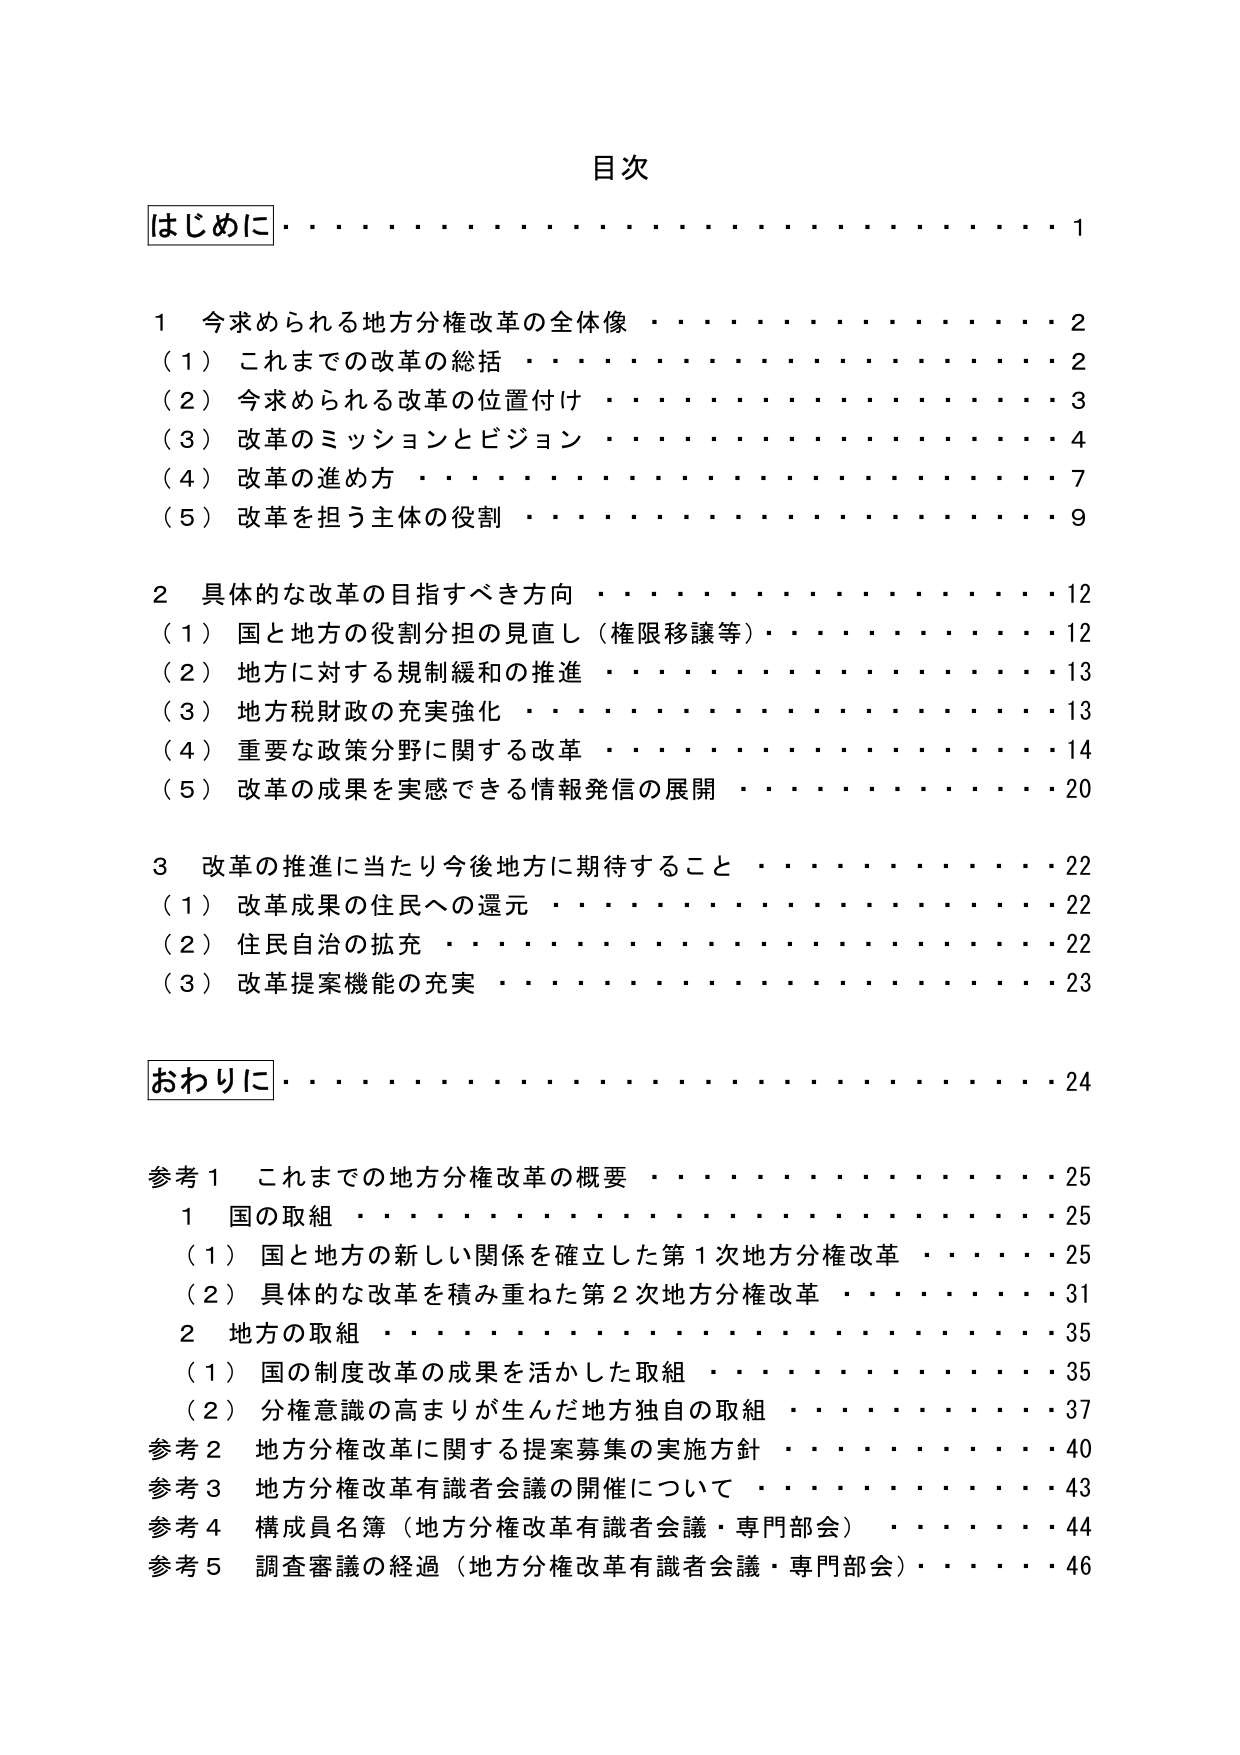
目次

はじめに・・・・・・・・・・・・・・・・・・・・・・・・・・・・・・・・1

1 今求められる地方分権改革の全体像・・・・・・・・・・・・・・・・2
（1）これまでの改革の総括・・・・・・・・・・・・・・・・・・・・2
（2）今求められる改革の位置付け・・・・・・・・・・・・・・・・3
（3）改革のミッションとビジョン・・・・・・・・・・・・・・・・4
（4）改革の進め方・・・・・・・・・・・・・・・・・・・・・・・・7
（5）改革を担う主体の役割・・・・・・・・・・・・・・・・・・・・9

2 具体的な改革の目指すべき方向・・・・・・・・・・・・・・・・12
（1）国と地方の役割分担の見直し（権限移譲等）・・・・・・・・12
（2）地方に対する規制緩和の推進・・・・・・・・・・・・・・・・13
（3）地方税財政の充実強化・・・・・・・・・・・・・・・・・・・13
（4）重要な政策分野に関する改革・・・・・・・・・・・・・・・・14
（5）改革の成果を実感できる情報発信の展開・・・・・・・・・・20

3 改革の推進に当たり今後地方に期待すること・・・・・・・・・・22
（1）改革成果の住民への還元・・・・・・・・・・・・・・・・・・22
（2）住民自治の拡充・・・・・・・・・・・・・・・・・・・・・・22
（3）改革提案機能の充実・・・・・・・・・・・・・・・・・・・・23

おわりに・・・・・・・・・・・・・・・・・・・・・・・・・・・・・・・・24

参考1 これまでの地方分権改革の概要・・・・・・・・・・・・・・25
　1 国の取組・・・・・・・・・・・・・・・・・・・・・・・・・・25
　（1）国と地方の新しい関係を確立した第1次地方分権改革・・・・25
　（2）具体的な改革を積み重ねた第2次地方分権改革・・・・・・・31
　2 地方の取組・・・・・・・・・・・・・・・・・・・・・・・・・35
　（1）国の制度改革の成果を活かした取組・・・・・・・・・・・・35
　（2）分権意識の高まりが生んだ地方独自の取組・・・・・・・・・37
参考2 地方分権改革に関する提案募集の実施方針・・・・・・・・・・40
参考3 地方分権改革有識者会議の開催について・・・・・・・・・・43
参考4 構成員名簿（地方分権改革有識者会議・専門部会）・・・・・・44
参考5 調査審議の経過（地方分権改革有識者会議・専門部会）・・・・46